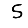
Digit: 5